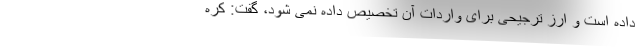
داده است و ارز ترجیحی برای واردات آن تخصیص داده نمی شود، گفت: کره